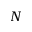
N